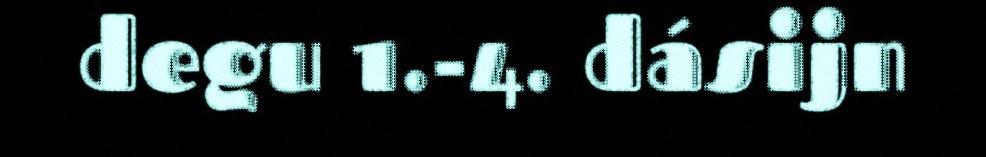
degu 1.-4. dásijn